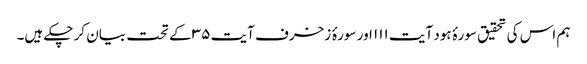
ہم اس کی تحقیق سورۂ ہود آیت ۱۱۱ اور سورۂ زخرف آیت ۳۵ کے تحت بیان کر چکے ہیں۔